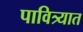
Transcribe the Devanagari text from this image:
पावित्र्यात